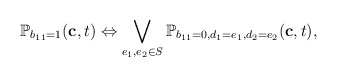
\begin{align*}\mathbb{P}_{b_{11} = 1}(\mathbf{c}, t) \Leftrightarrow \bigvee_{e_1, e_2 \in S} \mathbb{P}_{b_{11} = 0, d_1 = e_1, d_2 = e_2}(\mathbf{c}, t),\end{align*}